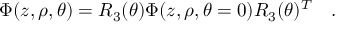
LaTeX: \Phi ( z , \rho , \theta ) = R _ { 3 } ( \theta ) \Phi ( z , \rho , \theta = 0 ) R _ { 3 } ( \theta ) ^ { T } \quad .